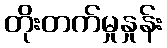
တိုးတက်မှုနှုန်း